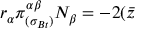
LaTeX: r _ { \alpha } \pi _ { ( \sigma _ { B t } ) } ^ { \alpha \beta } N _ { \beta } = - 2 ( \bar { z }